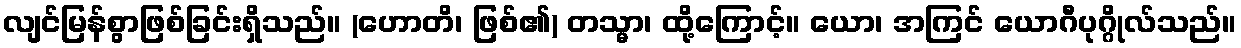
လျင်မြန်စွာဖြစ်ခြင်းရှိသည်။ (ဟောတိ၊ ဖြစ်၏) တသ္မာ၊ ထို့ကြောင့်။ ယော၊ အကြင် ယောဂီပုဂ္ဂိုလ်သည်။